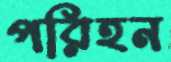
পরিহন